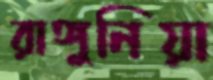
রাঙ্গুনিয়া